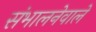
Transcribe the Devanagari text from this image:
संभालनेवाले